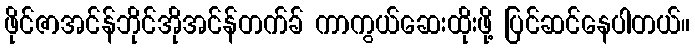
ဖိုင်ဇာအင်န်ဘိုင်အိုအင်န်တက်ခ် ကာကွယ်ဆေးထိုးဖို့ ပြင်ဆင်နေပါတယ်။